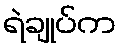
ရဲချုပ်က